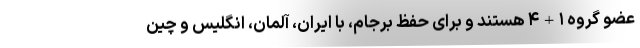
عضو گروه ۱+۴ هستند و برای حفظ برجام، با ایران، آلمان، انگلیس و چین